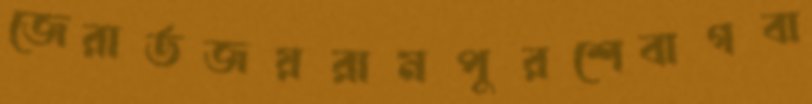
জেরার্ডজয়রামপুরশেবাগবা